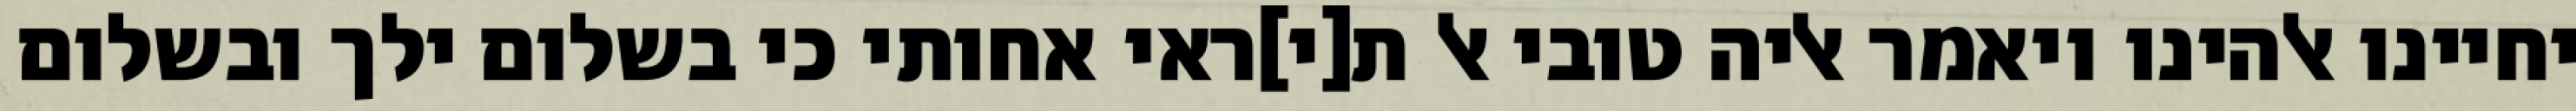
יחיינו אלהינו ויאמר אליה טובי אל ת[י]ראי אחותי כי בשלום ילך ובשלום